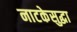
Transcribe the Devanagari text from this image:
नाटकेसुद्धा